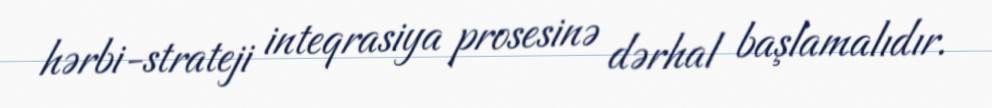
hərbi-strateji inteqrasiya prosesinə dərhal başlamalıdır.